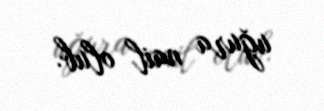
uğura nail olub.